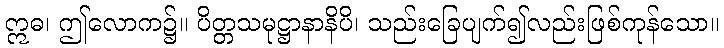
ဣဓ၊ ဤလောက၌။ ပိတ္တသမုဋ္ဌာနာနိပိ၊ သည်းခြေပျက်၍လည်းဖြစ်ကုန်သော။